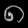
Digit: ၈